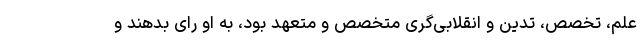
علم، تخصص، تدین و انقلابی‌گری متخصص و متعهد بود، به او رای بدهند و